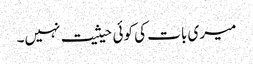
میری بات کی کوئی حیثیت نہیں۔